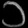
Digit: ၁